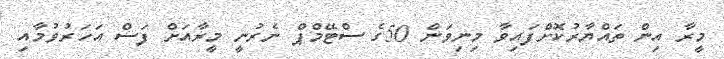
މީރާ އިން ތައްޔާރުކޮށްފައިވާ މިނިވަން 50ގެ ސްޓޭމްޕް ނެރުނީ މީރާއަށް ފަސް އަހަރުވުމާއި